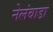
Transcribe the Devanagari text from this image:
नेलंबाडा